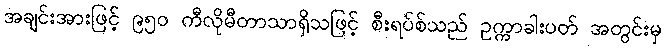
အချင်းအားဖြင့် ၉၅၀ ကီလိုမီတာသာရှိသဖြင့် စီးရပ်စ်သည် ဥက္ကာခါးပတ် အတွင်းမှ